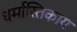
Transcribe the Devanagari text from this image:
धर्मास्तिकाय